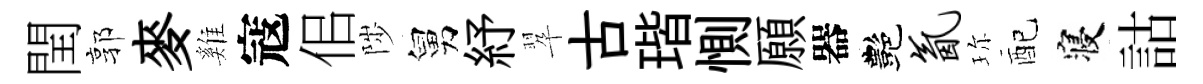
閏郭麥雞寇佀陟舅紓翆古瑎惻願器艷氤珎配寝詁